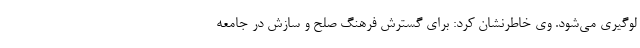
لوگیری می‌شود. وی خاطرنشان کرد: برای گسترش فرهنگ صلح و سازش در جامعه